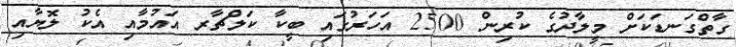
ގާތްގަނޑަކަށް މީލާދުގެ ކުރިން 2500 އަހަރުގައި ބީކާ ކަލްޗާރ އައުމާއި އެކު ލޮޔާއި